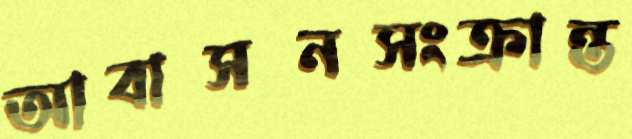
আবাসনসংক্রান্ত